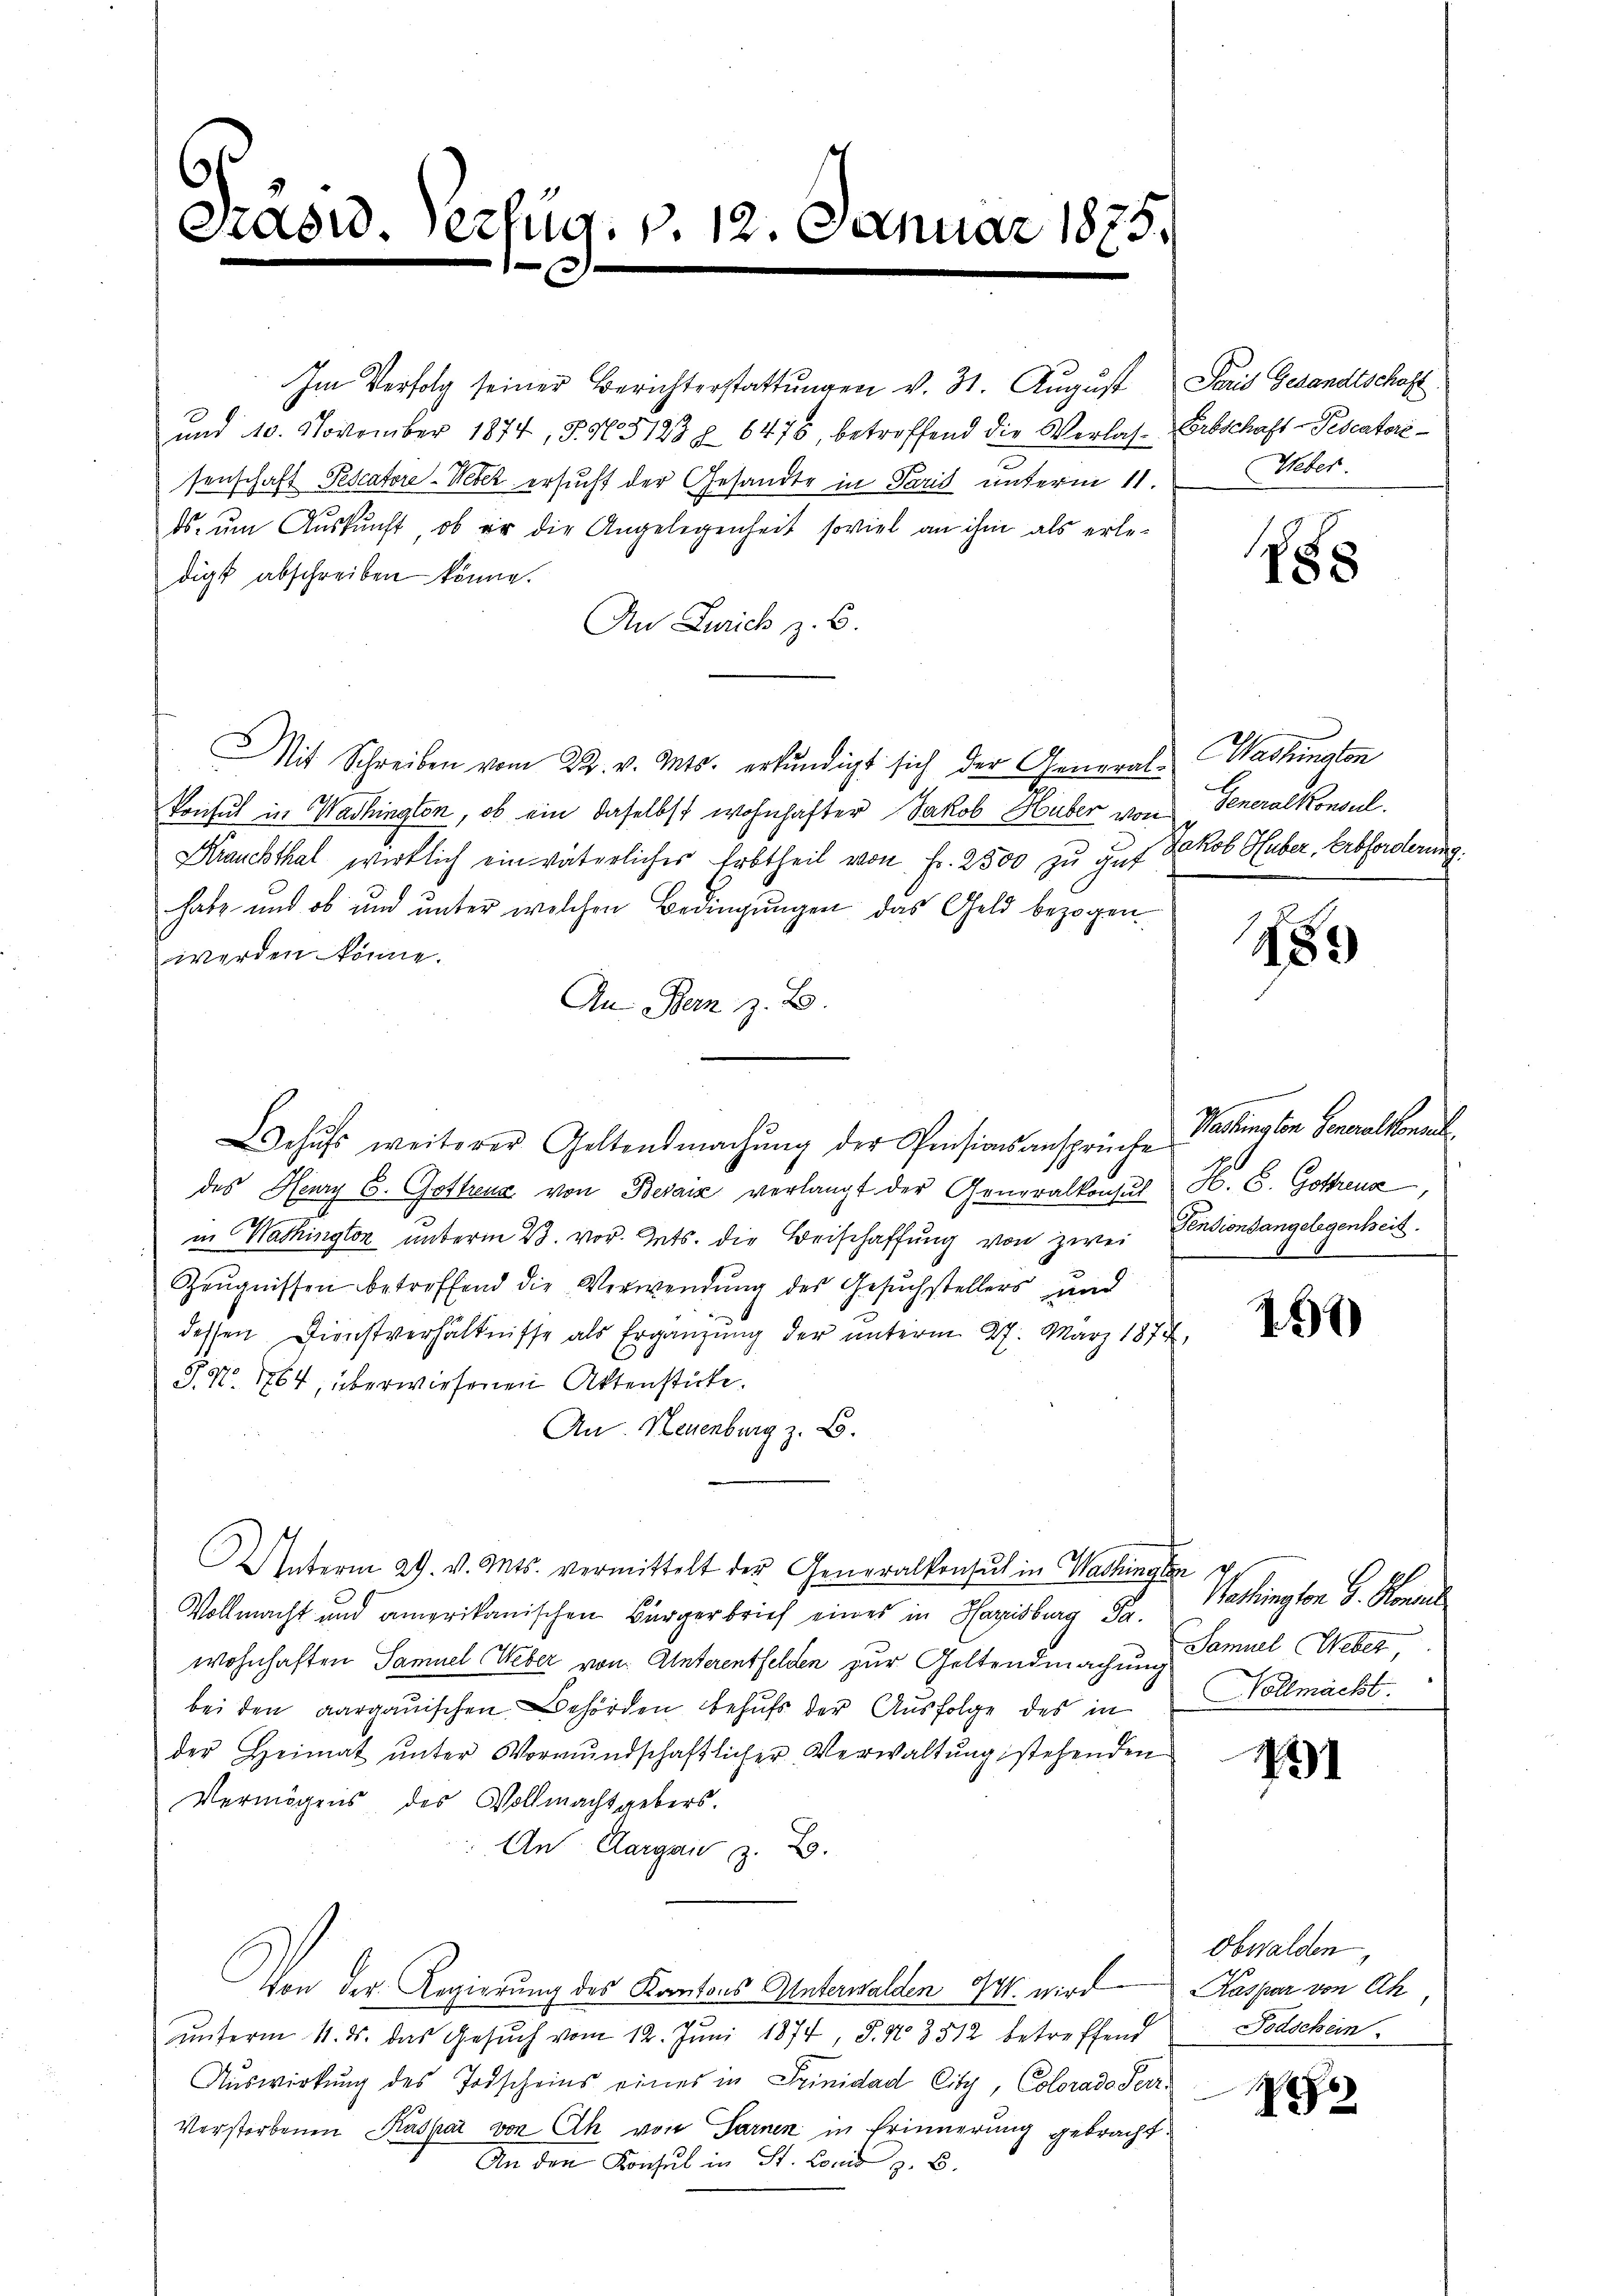
craord. Verfüg. v. 12. Januar 1875.
0

und 10. November 1874, § 105123 § 6475, betreffend die Verlas- Erbschaft-Tedeaterssenschaft Pescatore-Weber ersucht der Gesandte in Paris unterm 11.
ds. ŭm Aŭskŭnft, ob er die Angelegenheit soviel an ihm als erledigt abschreiben könne.
An Zürich z. B.
Mit Schreiben vom 22. v. Mts. erkundigt sich der General-Washinalen
Ponsul in Washington, ob ein daselbst wohnhafter Jakob Huber von
Krauchthal wirklich ein väterlicher Erbtheil von Fr. 2500 zu gut Jakob Huber, Erbforderung.
habe und ob und unter welchen Bedingungen das Geld bezogen
werden könne.
An Bern z. B.
chŭfs weiterer Geltendmachŭng der Pensionsansprüche
des Henry C. Gottreux von Beraić verlangt der Generalkonsul
in Washington unterm 23. vor. Mts. die Beischaffung von zwei Pensionsangelegenheit.
Zeugnissen betreffend die Verwendung des Gesuchstellers und
dessen Dienstverhältnisse als Ergänzung der unterm 27. März 1877,
P. Nr. 1764, überwiesenen Aktenstücke.
An Neuenburg z. B.
Unterm 29. v. Mts. vermittelt der Generalkonsul in Washinger u.
Vollmacht und amerikanischen Bürgerbrief eines in Harrisburg Fa-
wohnhaften Samuel Weber von Unterentfelden zur Geltendmachung
bei den aargauischen Behörden behufs der Ausfolge des in Vollmächt
der Heimat ŭnter Vormŭndschaftlicher Verwaltŭng stehenden
Vermögens des Vollmachtgebers.
An Aargau, z. Z.
Von der Regierung des Kantons Unterwalden 24. wird Kaspar von Ach,
unterm 11. ds. das Gesŭch vom 12. Juni 1874, S. N. 3512 betreffend
Auswirkung des Todscheins eines in Spinidad City, Colorado Perr-
Verstorbenen Kaspar von Ah von Farnen in Erinnerung gebracht.
An den Konsul in St. Lonis z. B.

Im Verfolg seiner Berichterstattungen v. 31. August Paris Gesandtschaft

Ueber.

N88

Generalkonsul

189

Valtung ein Generalkonsul
N. B. Gotterna

150

Washington G. Konsul
Samuel Weber,

491

Obwalden,
Todschein

1770